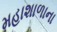
મહાશાળાના